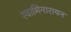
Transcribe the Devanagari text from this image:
स्वामिनारायन